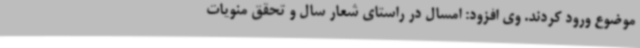
موضوع ورود کردند. وی افزود: امسال در راستای شعار سال و تحقق منویات